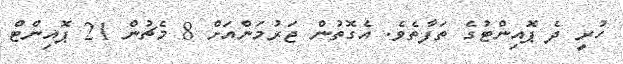
ހުރީ ދެ ޕޮއިންޓުގެ ތަފާތެވެ. އެގޮތުން ޖަރުމަންއަށް 8 މެޗުން 21 ޕޮއިންޓް